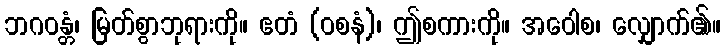
ဘဂဝန္တံ၊ မြတ်စွာဘုရားကို။ ဧတံ (ဝစနံ)၊ ဤစကားကို။ အဝေါစ၊ လျှောက်၏။